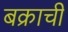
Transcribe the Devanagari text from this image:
बक्राची